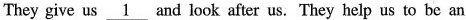
They give us \underline{1} and look after us. They help us to be an